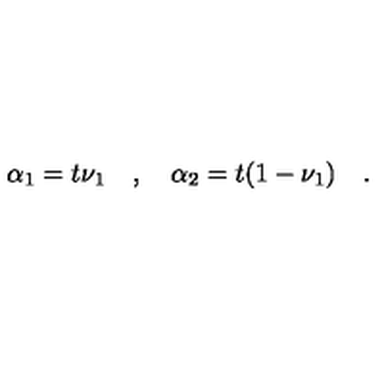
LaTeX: \alpha _ { 1 } = t \nu _ { 1 } \quad , \quad \alpha _ { 2 } = t ( 1 - \nu _ { 1 } ) \quad .